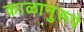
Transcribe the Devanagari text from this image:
काळानुरूपे